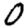
Digit: 0